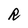
Character: R